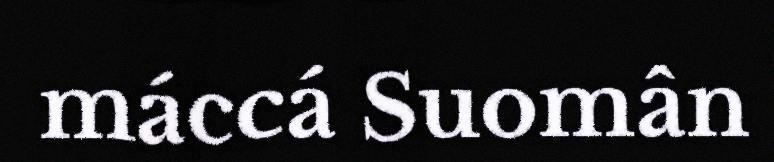
máccá Suomân